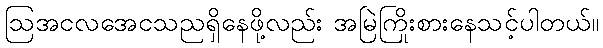
ဩအငလအေငသညရှိနေဖို့လည်း အမြဲကြိုးစားနေသင့်ပါတယ်။